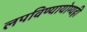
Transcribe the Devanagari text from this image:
लपविण्यायोग्यही